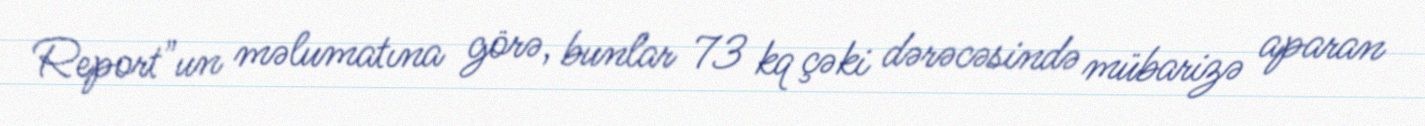
Report"un məlumatına görə, bunlar 73 kq çəki dərəcəsində mübarizə aparan